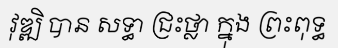
វុឌ្ឍិ បាន សទ្ធា ជ្រះថ្លា ក្នុង ព្រះពុទ្ធ